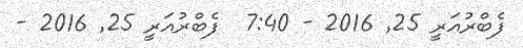
ފެބްރުއަރީ 25